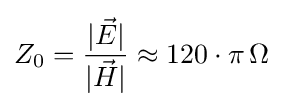
Z_{0}={\frac {|{\vec {E}}|}{|{\vec {H}}|}}\approx 120\cdot \pi \,\Omega